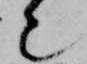
也